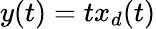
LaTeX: y(t)=tx_{d}(t)